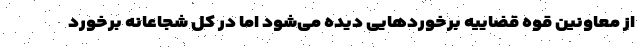
از معاونین قوه قضاییه برخوردهایی دیده می‌شود اما در کل شجاعانه برخورد